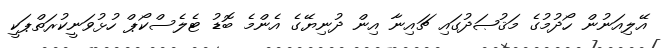
އޭލިއަނުން ހޯދުމުގެ މަޤުޞަދުގައި ޗައިނާ އިން ދުނިޔޭގެ އެންމެ ބޮޑު ޓެލެސްކޯޕް ހުޅުވަނީކުރަތްޕަކީ